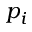
p _ { i }